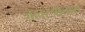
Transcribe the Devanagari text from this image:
जलस्त्रोतास